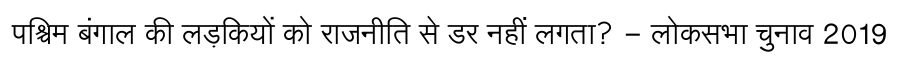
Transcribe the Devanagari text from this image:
पश्चिम बंगाल की लड़कियों को राजनीति से डर नहीं लगता? - लोकसभा चुनाव 2019